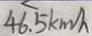
4 6 . 5 k m / h